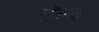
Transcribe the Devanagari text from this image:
रॉल्‍ड